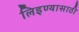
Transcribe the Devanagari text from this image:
लिइण्यासाठी